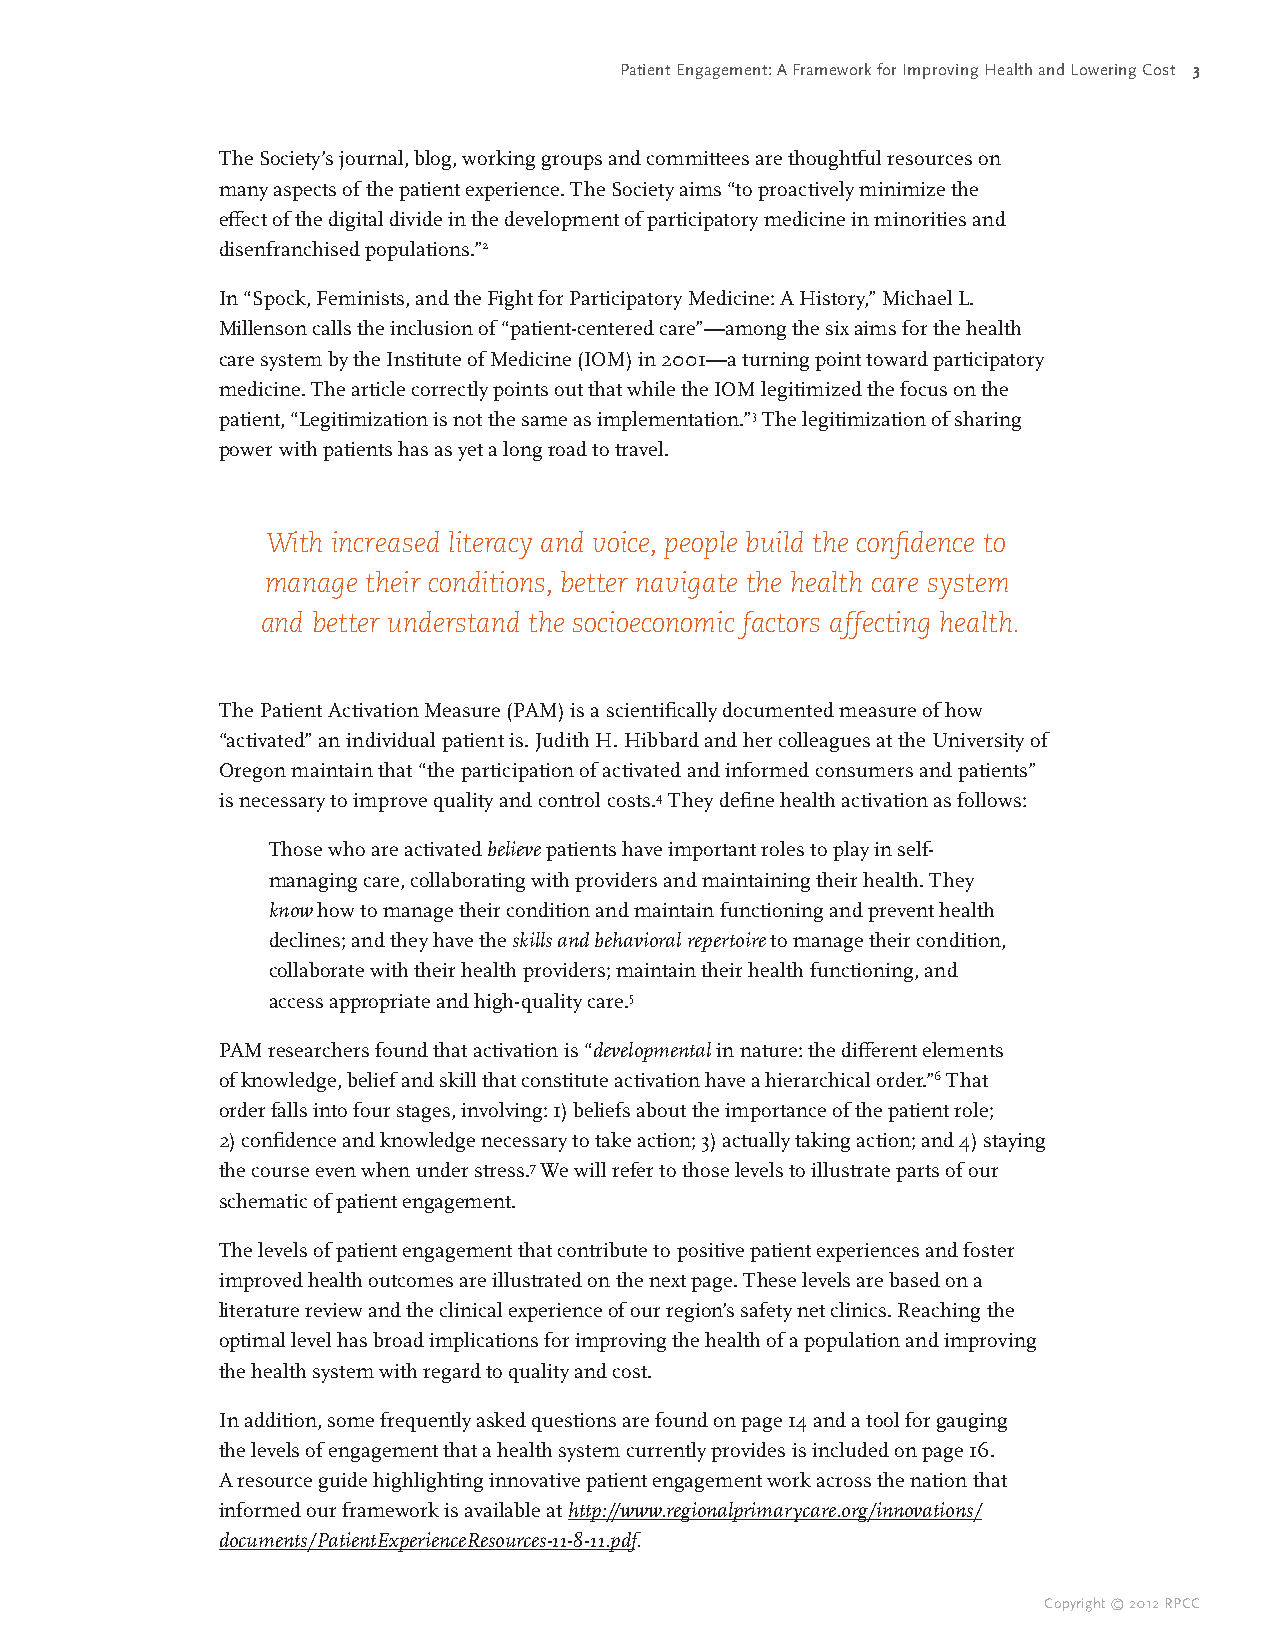
Patient Engagement: A Framework for Improving Health and Lowering Cost 3
 The Society’s journal, blog, working groups and committees are thoughtful resources on
 many aspects of the patient experience. The Society aims “to proactively minimize the
 effect of the digital divide in the development of participatory medicine in minorities and
 disenfranchised populations.”2
 In “Spock, Feminists, and the Fight for Participatory Medicine: A History,” Michael L.
 Millenson calls the inclusion of “patient-centered care”—among the six aims for the health
 care system by the Institute of Medicine (IOM) in 2001—a turning point toward participatory
 medicine. The article correctly points out that while the IOM legitimized the focus on the
 patient, “Legitimization is not the same as implementation.”3 The legitimization of sharing
 power with patients has as yet a long road to travel.
 With increased literacy and voice, people build the confidence to
 manage their conditions, better navigate the health care system
 and better understand the socioeconomic factors affecting health.
 The Patient Activation Measure (PAM) is a scientifically documented measure of how
 “activated” an individual patient is. Judith H. Hibbard and her colleagues at the University of
 Oregon maintain that “the participation of activated and informed consumers and patients”
 is necessary to improve quality and control costs.4 They define health activation as follows:
 Those who are activated believe patients have important roles to play in self-
 managing care, collaborating with providers and maintaining their health. They
 know how to manage their condition and maintain functioning and prevent health
 declines; and they have the skills and behavioral repertoire to manage their condition,
 collaborate with their health providers; maintain their health functioning, and
 access appropriate and high-quality care.5
 PAM researchers found that activation is “developmental in nature: the different elements
 of knowledge, belief and skill that constitute activation have a hierarchical order.”6 That
 order falls into four stages, involving: 1) beliefs about the importance of the patient role;
 2) confidence and knowledge necessary to take action; 3) actually taking action; and 4) staying
 the course even when under stress.7 We will refer to those levels to illustrate parts of our
 schematic of patient engagement.
 The levels of patient engagement that contribute to positive patient experiences and foster
 improved health outcomes are illustrated on the next page. These levels are based on a
 literature review and the clinical experience of our region’s safety net clinics. Reaching the
 optimal level has broad implications for improving the health of a population and improving
 the health system with regard to quality and cost.
 In addition, some frequently asked questions are found on page 14 and a tool for gauging
 the levels of engagement that a health system currently provides is included on page 16.
 A resource guide highlighting innovative patient engagement work across the nation that
 informed our framework is available at http://www.regionalprimarycare.org/innovations/
 documents/PatientExperienceResources-11-8-11.pdf.
 Copyright © 2012 RPCC